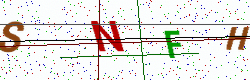
Text: SNFH